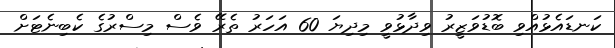
ކަނޑައެޅުއްވި ބޮޑުވަޒީރު ވިދާޅުވީ މިދިޔަ 60 އަހަރު ތެރޭ ވެސް މިސްރުގެ ކެބިނެޓަށް